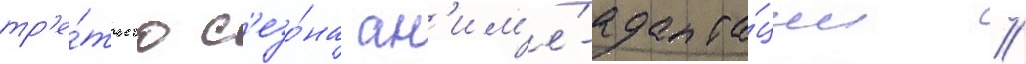
тр'е́тьего с'езо́на ан'им'е́-адапта́ции //